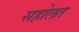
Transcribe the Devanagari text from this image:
सहोलत